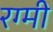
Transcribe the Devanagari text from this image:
रग्मी